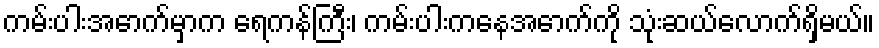
ကမ်းပါးအောက်မှာက ရေကန်ကြီး၊ ကမ်းပါးကနေအောက်ကို သုံးဆယ်လောက်ရှိမယ်။